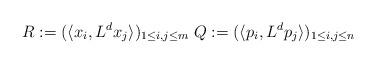
LaTeX: \begin{align*}R := ( \langle x_i, L^d x_j \rangle )_{1 \le i, j \le m} \; Q := ( \langle p_i, L^d p_j \rangle )_{1 \le i, j \le n}\end{align*}